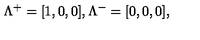
\Lambda ^ { + } = [ 1 , 0 , 0 ] , \Lambda ^ { - } = [ 0 , 0 , 0 ] ,